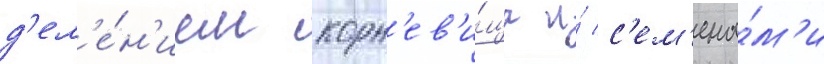
д'ел'е́н'ием корн'ев'и́ща и́ с'ем'ена́м'и